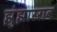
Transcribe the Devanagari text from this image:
झुंझारराव